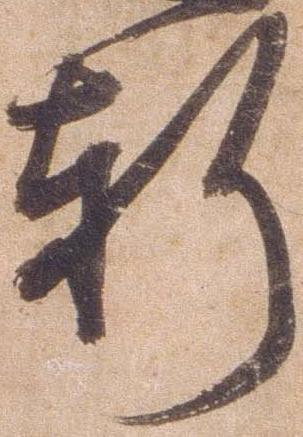
軒